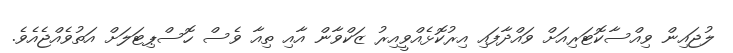
ލުޖައިން ވިއްސާކޮޓަރިއަށް ވައްދާފައި އިރުކޮޅެއްވީއިރު ޒަކްވާން އާއި ތިއާ ވެސް ހޮސްޕިޓަލަށް އަތުވެއްޖެއެވެ.